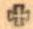
+